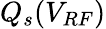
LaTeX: Q_{s}(V_{RF})